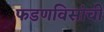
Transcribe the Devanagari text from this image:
फडणविसांची